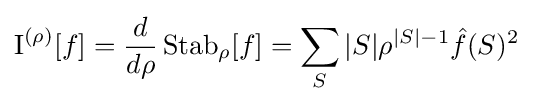
\operatorname {I} ^{(\rho )}[f]={\frac {d}{d\rho }}\operatorname {Stab} _{\rho }[f]=\sum _{S}|S|\rho ^{|S|-1}{\hat {f}}(S)^{2}